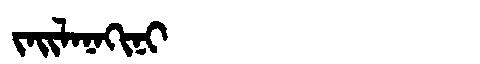
Manchu: ᠵᠠᡳᠯᠠᠨᠠᡴᡳᠨᡳ
Romanization: JAILANAKINI